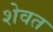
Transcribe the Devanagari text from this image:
शेवत